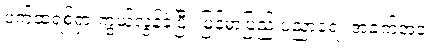
ပက်ထရစ်ရှာ ကွယ်လွန်ခဲ့ပြီး မြန်မာပြည် ပညာရေး အခက်အခဲ